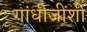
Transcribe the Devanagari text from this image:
गांधीजींशी